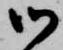
御